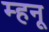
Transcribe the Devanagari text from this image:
म्हनू